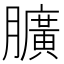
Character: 𦢎